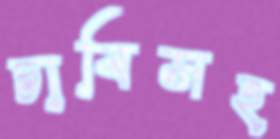
চাবিসহ